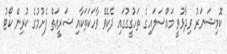
ކޮމިޝަނަރު ވިދާޅުވީ މައްސަލައިގެ ތަހުގީގުގައި ދެކެވޭ ވާހަކަތަކާއި ޝަރީއަތް ފެށުމުގެ ކުރިން ކޯޓު